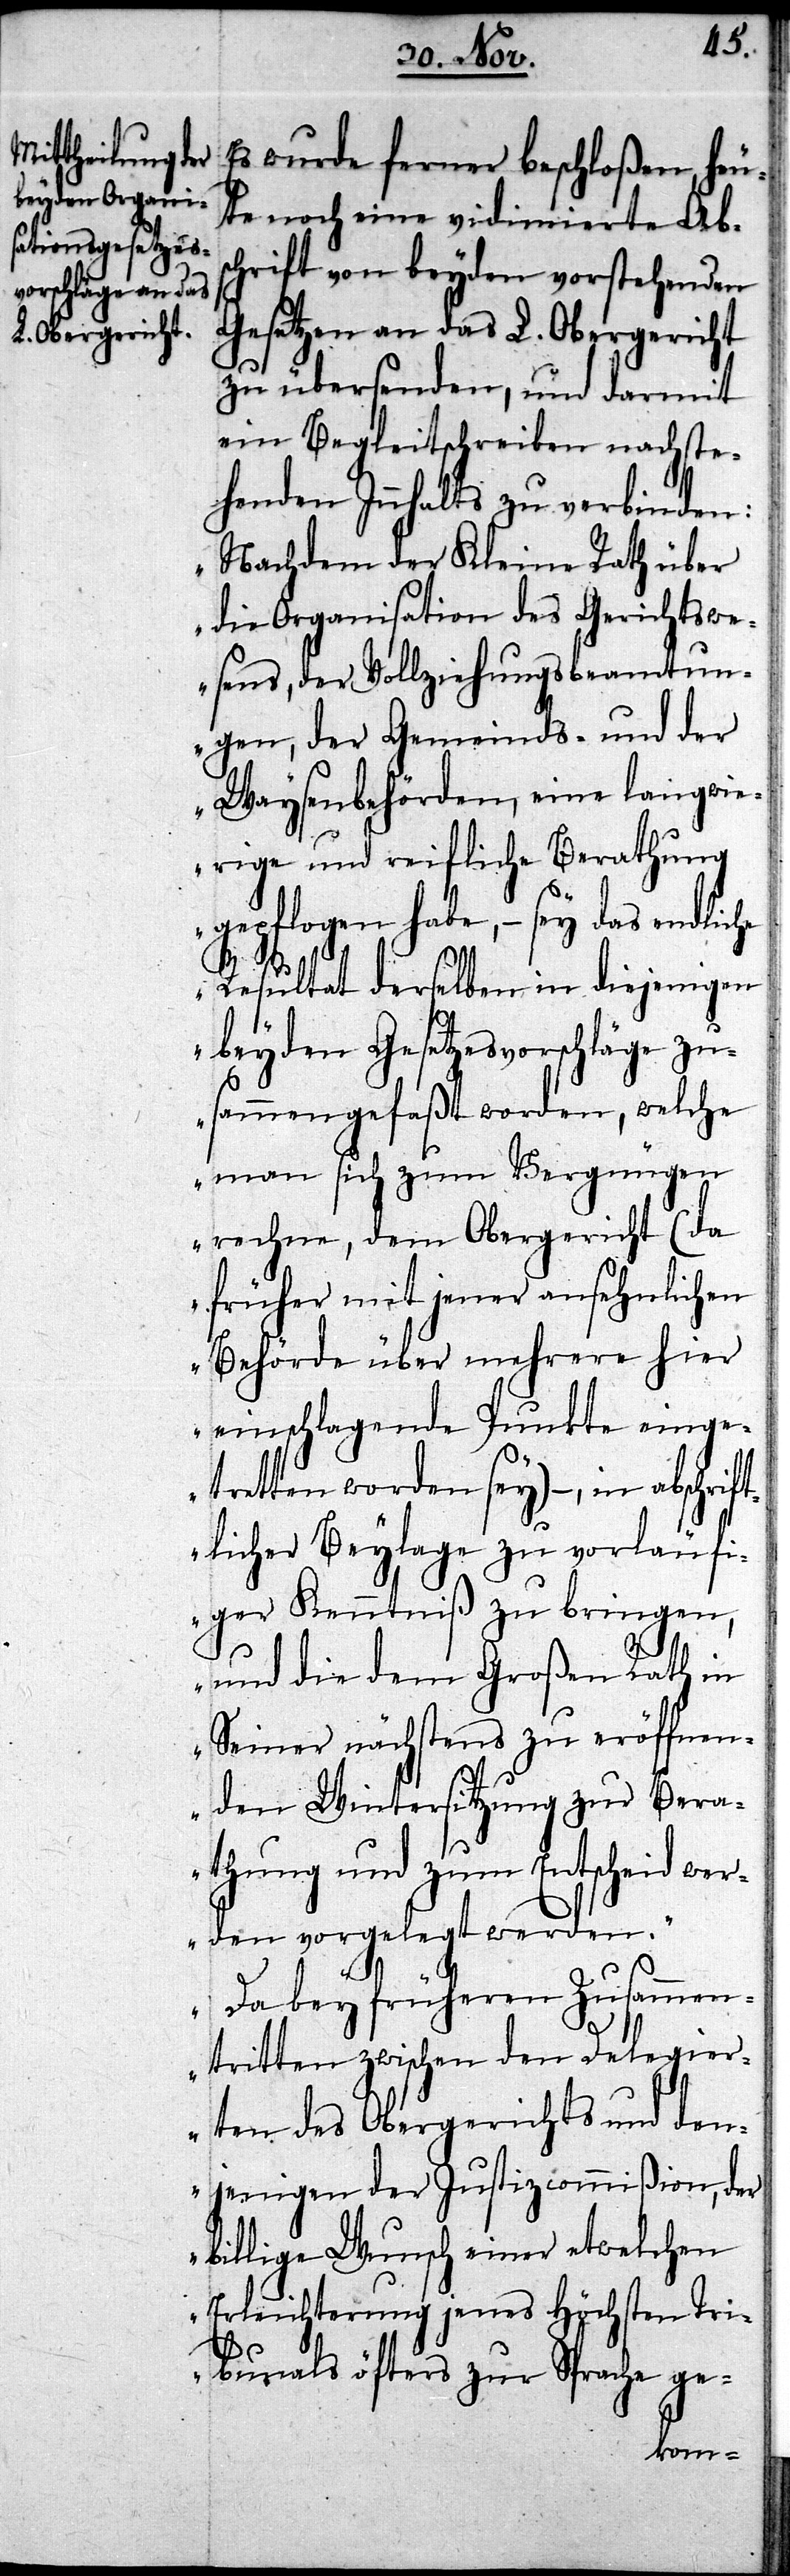
Es wurde ferner beschloßen, heu¬
te noch eine vidimierte Abs¬
chrift von beyden vorstehenden
Gesetzen an das L. Obergericht
zu übersenden, und darmit
ein Begleitschreiben nachste¬
henden Innhalts zu verbinden:
„Nachdem der Kleine Rath über
die Organisation des Gerichtswe¬
sens, der Vollziehungsbeamtun¬
gen, der Gemeinds- und der
Waysenbehörden, eine langwie¬
rige und reifliche Berathung
gepflogen habe, – sey das endlic¬
he Resultat derselben in diejenigen
beyden Gesetzesvorschläge zu¬
sammengefaßt worden, welche
man sich zum Vergnügen
rechne, dem Obergericht (da
früher mit jener ansehnlichen
Behörde über mehrere hier
einschlagende Punkte einge¬
tretten worden sey) –, in abschrif¬
tlicher Beylage zu vorläufi¬
ger Kenntniß zu bringen,
und die dem Großen Rath in
Seiner nächstens zu eröffnen¬
den Wintersitzung zur Bera¬
thung und zum Entscheid wer¬
den vorgelegt werden.
Da bey früheren Zusammen¬
tritten zwischen den Delegier¬
ten des Obergerichts und den¬
jenigen der Justizcommißion, der
billige Wunsch einer etwelchen
Erleichterung jenes Höchsten Tri¬
bunals öfters zur Sprache ge-